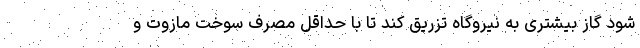
شود گاز بیشتری به نیروگاه تزریق کند تا با حداقل مصرف سوخت مازوت و